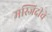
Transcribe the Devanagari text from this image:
मस्जिदीचे